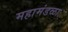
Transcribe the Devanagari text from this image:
महामंडळा